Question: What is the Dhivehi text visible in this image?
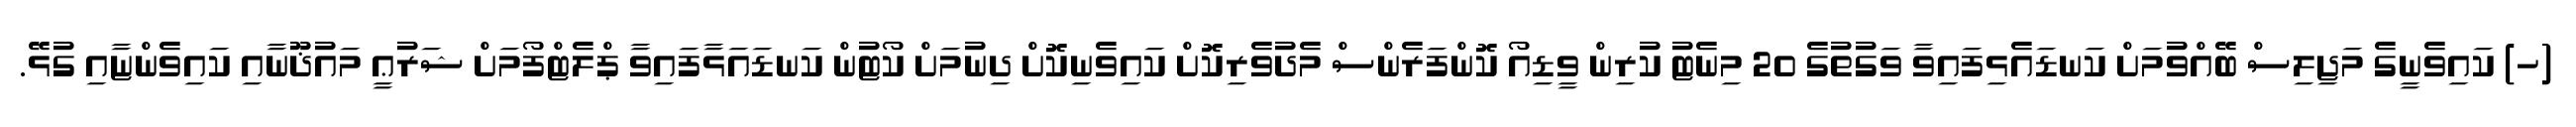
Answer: (ހ) ކައިވެނީގެ މަޖިލިސް ބޭއްވުމަށް ކަނޑައެޅިފައިވާ ވަގުތުގެ 20 މިނެޓު ކުރިން ވީޑިއޯ ކޮންފަރެންސް މެދުވެރިކޮށް ކައިވެނިކޮށް ދިނުމަށް ކޯޓުން ކަނޑައަޅާފައިވާ ޕްލެޓްފޯމަށް ޝަރުޢީ މައުޛޫނާއި ކައިވެންޏާއި ގުޅޭ.